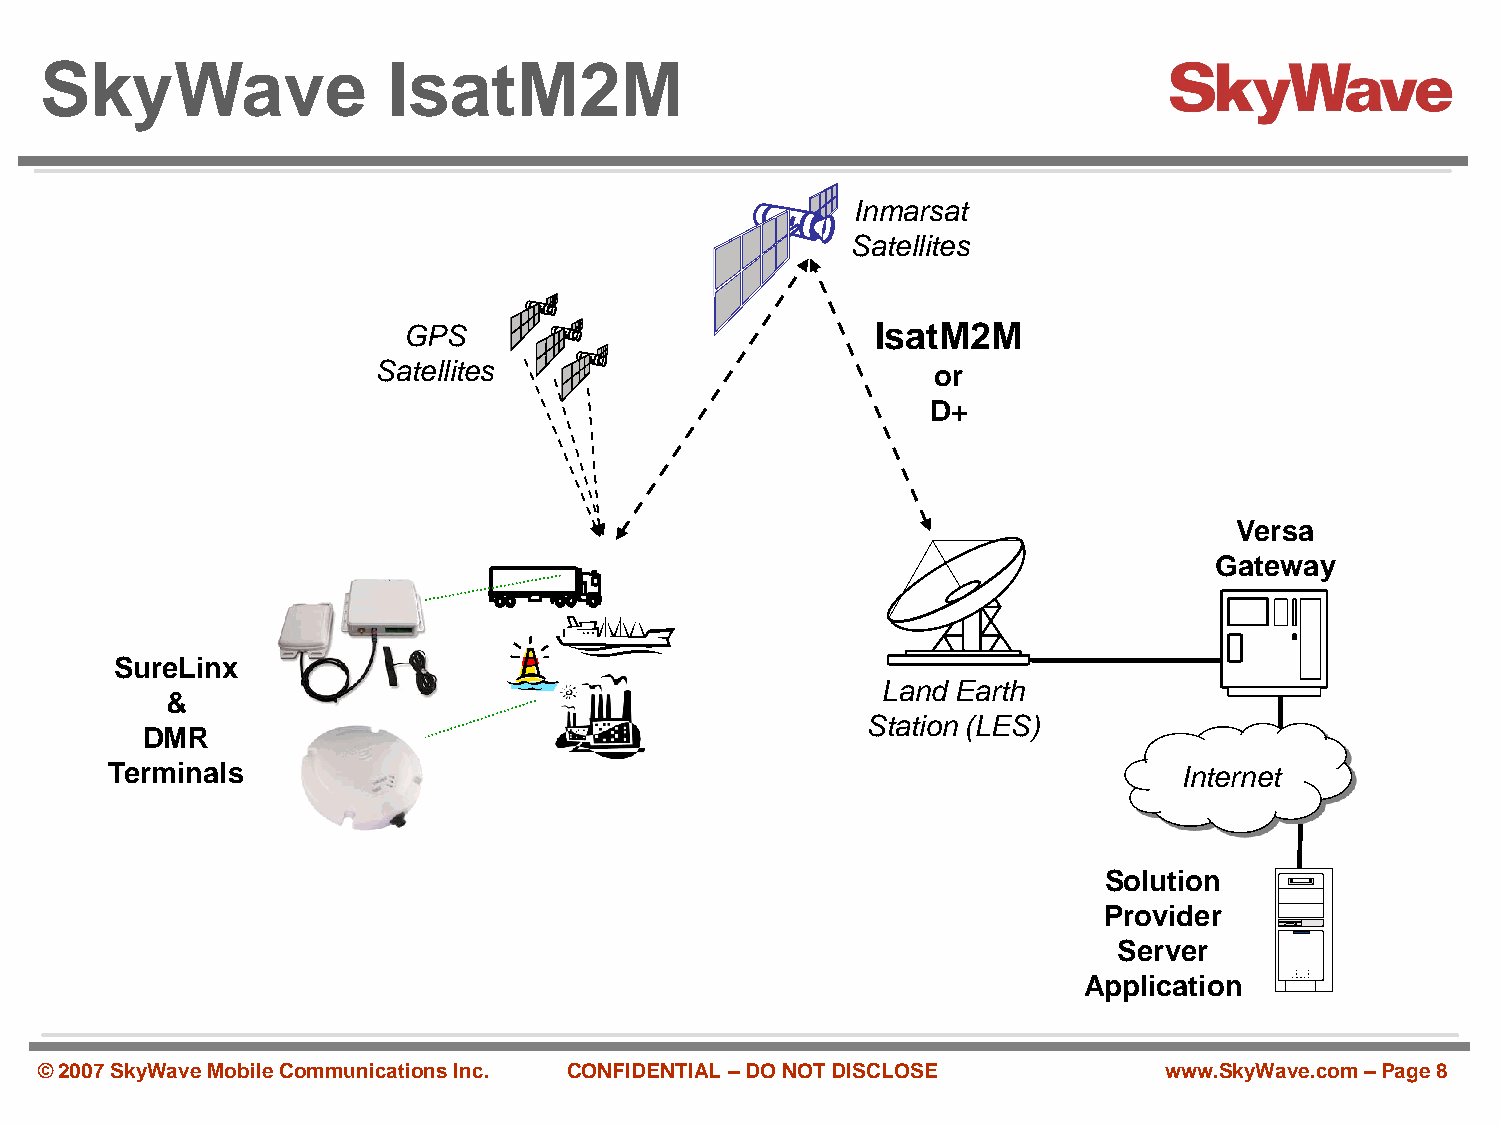
SkyWave                IsatM2M
 Inmarsat
 Satellites
 GPS                            IsatM2M
 Satellites                           or
 D+
 Versa
 Gateway
 SureLinx
 Land Earth
 &
 Station (LES)
 DMR
 Terminals                                                              Internet
 Solution
 Provider
 Server
 Application
 © 2007 SkyWave Mobile Communications Inc. CONFIDENTIAL –DO NOT DISCLOSE   www.SkyWave.com –Page 8